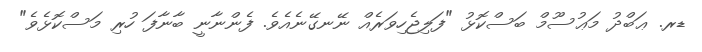
ޑރ. ޢަބްދު މަޢުސޫމް ބަސްކޮޅު "ފަލިޖެހިވަރެއް ނޭނގޭނެއެވެ. ފެންނާނީ ބާނާފަ ހުރި މަސްކޮޅެވެ"